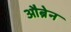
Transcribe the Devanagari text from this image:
औब्रेन